Vaccination in the Punjab 1883-1896 - 1883-1896
Year: 1883
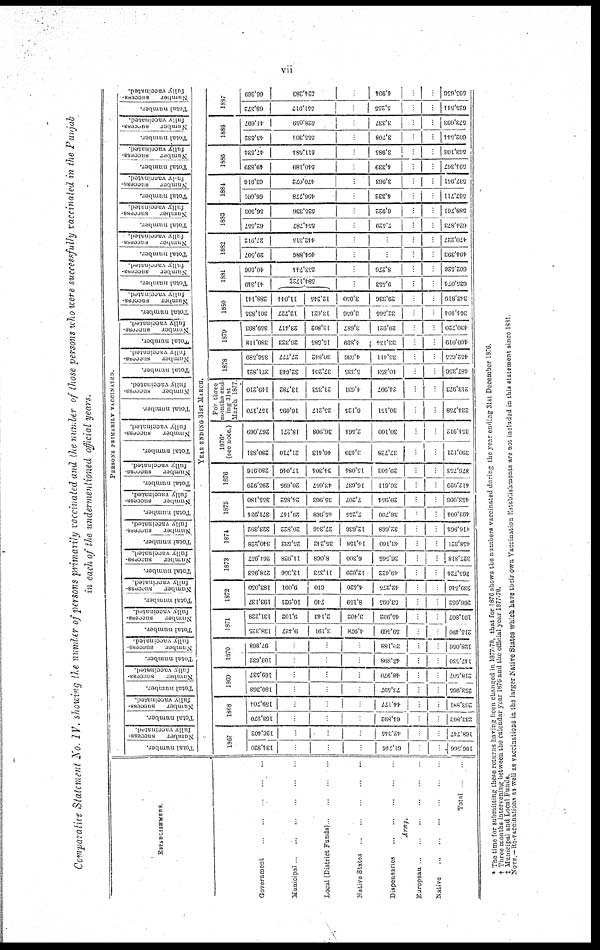
vii
Comparative Statement No. IV. showing the number of persons primarily vaccinated and the number of those persons who were successfully vaccinated in the Punjab
in each of the undermentioned official years.
ESTABLISHMENTS.
Government
...
...
...
...
...
Municipal
...
...
...
...
...
Local (District Funds) ... ... ... ... ...
Native States
...
...
...
...
...
Dispensaries
...
...
...
...
...
Army.
European ... ... ... ... ...
Native ... ... ... ... ...
Total
...
...
PERSONS PRIMARILY
VACCINATED.
Total number.
Number
success-
fully vaccinated.
Total number.
Nu mb e r s ucces s -
ful l y vaccinated.
Total number.
Number
success¬
fully
vaccinated.
Total number.
Number
success-
fully vaccinated.
Total number.
Number
success-
fully vaccinated.
Total number.
Number
success¬
fully
vaccinated.
Total number.
Number
success¬
fully
vaccinated.
Total number.
Number
success¬
vaccinated.
Total number.
Number
success¬
vaccinated.
Total number.
Number
success¬
vaccinated.
Total number.
Number
success-
fully vaccinated.
Total number.
Number
success-
fully vaccinated.
Total number.
Number
success¬
vaccinated.
Total number.
Number
success-
fully vaccinated.
Total number.
Number
success-
fully vaccinated.
Total number.
Number
success-
fully vaccinated.
Total number.
Nu mb e r s ucces s -
ful l y vaccinated.
Tot al number.
Number
success-
fully vaccinated.
Total number.
Number
success-
fully vaccinated.
Tot al number.
Nu mb e r s ucces s -
ful l y vaccinated.
Total number.
Number
success-
fully vaccinated.
Total number.
Number
success-
fully vaccinated.
YEAR ENDING 31ST MARCH.
1867
134,820
...
...
...
61,746
...
...
196,566
126,402
...
...
...
42,345
...
...
168,747
1868
168,970
...
...
...
64,892
...
...
233,862
159,704
...
...
...
44,177
...
...
203,881
1869
180,368
...
...
...
73,597
...
...
253,965
169,537
...
...
...
48,970
...
...
218,507
1870
103,632
...
...
...
43,898
...
...
147,530
97,868
...
...
...
30,188
...
...
128,056
1871
138,325
9,427
3,191
4,978
59,569
...
...
215,490
131,228
9,102
2,143
3,402
45,932
...
...
191,807
1872
193,137
10,921
740
8,159
53,095
...
...
266,052
183,050
9,091
610
4,520
42,275
...
...
239,546
1873
278,953
13,956
11,373
12,020
49,422
...
...
365,724
264,957
11,928
8,068
6,300
30,565
...
...
327,818
1874
340,228
25,533
35,242
14,158
43,160
...
...
458,321
323,392
20,822
27,346
12,636
32,668
...
...
416,864
1875
371,934
29,147
45,968
7,255
38,700
...
...
493,004
355,180
24,852
35,903
7,207
29,954
...
...
453,096
1876
295,929
20,695
43,057
16,637
36,611
...
...
412,929
280,916
17,046
34,304
15,084
29,403
...
...
376,753
1876*
(see note.)
280,831
21,710
46,413
3,439
37,728
...
...
390,121
267,069
18,271
36,908
2,564
30,100
...
...
354,912
For three
months end-
ing 31st
March 1877.
157,170
16,095
25,217
6,125
30,151
...
...
234,758
149,210
13,782
21,353
4,631
24,997
...
...
213,973
1878
371,821
32,643
37,204
5,335
40,353
...
...
487,356
356,589
27,777
30,842
4,036
33,411
...
...
452,655
1879
380,118
26,323
15,585
4,869
33,134
...
...
460,019
359,893
23,417
13,802
3,687
29,921
...
...
430,720
1880
301,835
12,727
13,621
3,656
32,565
...
...
364,404
288,141
11,014
12,245
3,050
29,336
...
...
343,816
1881
41,349
584,172‡
...
9,553
...
...
635,074
40,506
553,744
...
8,276
...
...
602,526
1882
29,507
464,886
...
...
...
...
494,393
27,912
442,315
...
...
...
...
470,227
1883
62,557
554,787
...
7,529
...
...
624,873
56,503
525,336
...
6,922
...
...
588,761
1884
66,601
496,778
...
4,332
...
...
567,711
63,916
470,072
...
3,963
...
...
537,951
1885
49,839
540,189
...
4,339
...
...
594,367
47,534
511,584
...
3,985
...
...
563,103
1886
43,532
555,304
...
3,708
...
...
602,544
41,697
528,059
...
3,337
...
...
573,093
1887
68,372
551,917
...
5,255
...
...
625,544
66,369
524,383
...
4,904
...
...
595,656
* The time for submitting these returns having been changed in 1877-78, that for 1876 shows the numbers vaccinated during the year ending 31st December 1876.
† Three months intervening between the calendar year 1876 and the official year 1877-78.
‡ Municipal and Local Funds.
NOTE.—Re-vaccinations as well as vaccinations in the larger Native States which have their own Vaccination Establishments are not included in this statement since 1881.